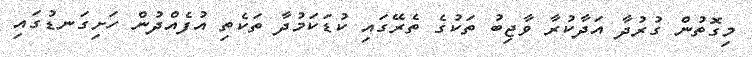
މިގޮތުން ގުރުދާ އަދާކުރާ ވާޖިބު ތަކުގެ ތެރޭގައި ކުޑަކަމުދާ ތަކެތި އުފެއްދުން ހަށިގަނޑުގައި